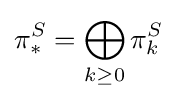
\pi _{\ast }^{S}=\bigoplus _{k\geq 0}\pi _{k}^{S}